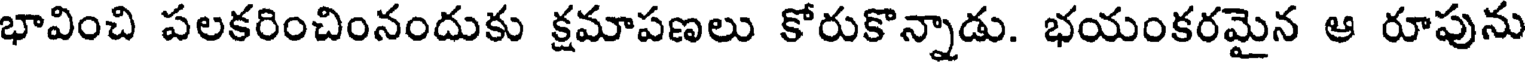
భావించి పలకరించింనందుకు క్షమాపణలు కోరుకొన్నాడు. భయంకరమైన ఆ రూపును